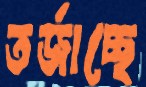
তর্জাচ্ছে